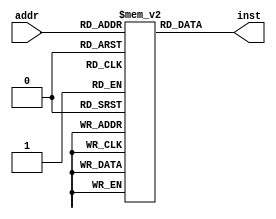
module pipeimem(
    addr,
    inst
);
    input [11:2] addr;
    output [31:0] inst;
    reg [31:0] imem[1023:0];

    assign inst=imem[addr];
endmodule